Medical and sanitary report on the native army of Bombay for the year
Year: 1877
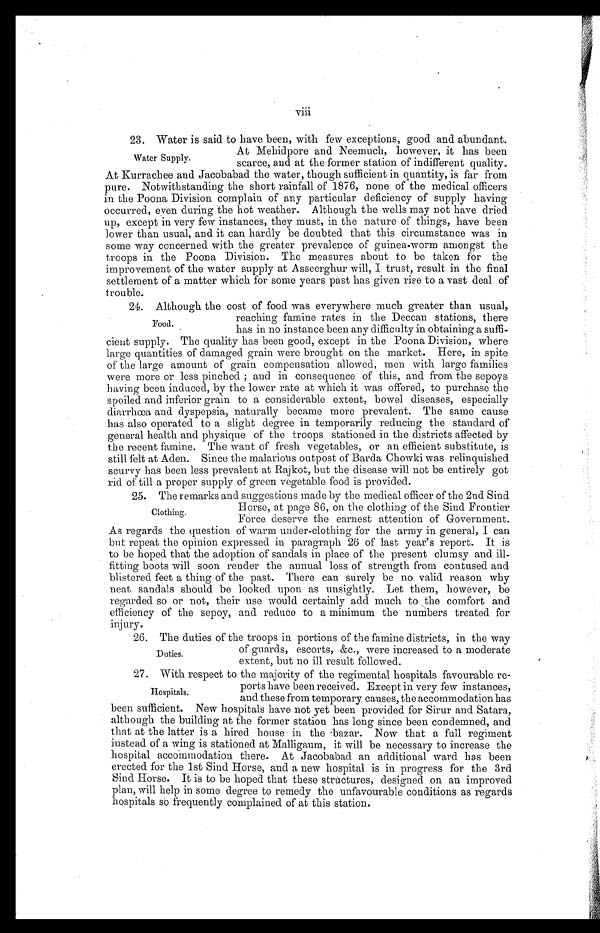
viii
23. Water is said to have been, with few exceptions, good and abundant.
At Mehidpore and Neemuch, however, it has been
scarce, and at the former station of indifferent quality.
At Kurrachee and Jacobabad the water, though sufficient in quantity, is far from
pure. Notwithstanding the short rainfall of 1876, none of the medical officers
in the Poona Division complain of any particular deficiency of supply having
occurred, even during the hot weather. Although the wells may not have dried
up, except in very few instances, they must, in the nature of things, have been
lower than usual, and it can hardly be doubted that this circumstance was in
some way concerned with the greater prevalence of guinea-worm amongst the
troops in the Poona Division. The measures about to be taken for the
improvement of the water supply at Asseerghur will, I trust, result in the final
settlement of a matter which for some years past has given rise to a vast deal of
trouble.
24. Although the cost of food was everywhere much greater than usual,
reaching famine rates in the Deccan stations, there
has in no instance been any difficulty in obtaining a suffi
-
cient supply. The quality has been good, except in the Poona Division, where
large quantities of damaged grain were brought on the market. Here, in spite
of the large amount of grain compensation allowed, men with large families
were more or less pinched; and in consequence of this, and from the sepoys
having been induced, by the lower rate at which it was offered, to purchase the
spoiled and inferior grain to a considerable extent, bowel diseases, especially
diarrhœa and dyspepsia, naturally became more prevalent. The same cause
has also operated to a slight degree in temporarily reducing the standard of
general health and physique of the troops stationed in the districts affected by
the recent famine. The want of fresh vegetables, or an efficient substitute, is
still felt at Aden. Since the malarious outpost of Barda Chowki was relinquished
scurvy has been less prevalent at Rajkot, but the disease will not be entirely got
rid of till a proper supply of green vegetable food is provided.
25. The remarks and suggestions made by the medical officer of the 2nd Sind.
Horse, at page 86, on the clothing of the Sind Frontier
Force deserve the earnest attention of Government.
As regards the question of warm under-clothing for the army in general, I can
but repeat the opinion expressed in paragraph 26 of last year's report. It is
to be hoped that the adoption of sandals in place of the present clumsy and ill-
fitting boots will soon render the annual loss of strength from contused and
blistered feet a thing of the past. There can surely be no valid reason why
neat sandals should be looked upon as unsightly. Let them, however, be
regarded so or not, their use would certainly add much to the comfort and
efficiency of the sepoy, and reduce to a minimum the numbers treated for
injury.
2 6 . T h e d u t i e s o f t h e t r o o p s i n p o r t i o n s o f t h e f a m i n e d i s t r i c t s , i n t h e w a y
of guards, escorts, &c., were increased to a moderate
extent, but no ill result followed.
27. With respect to the majority of the regimental hospitals favourable re
-
ports have been received. Except in very few instances,
and these from temporary causes, the accommodation has
been sufficient. New hospitals have not yet been provided for Sirur and Satara,
although the building at the former station has long since been condemned, and
that at the latter is a hired house in the bazar. Now that a full regiment
instead of a wing is stationed at Malligaum, it will be necessary to increase the
hospital accommodation there. At Jacobabad an additional ward has been
erected for the 1st Sind Horse, and a new hospital is in progress for the 3rd
Sind Horse. It is to be hoped that these structures, designed on an improved
plan, will help in some degree to remedy the unfavourable conditions as regards
hospitals so frequently complained of at this station.
Water Supply.
Food.
Clothing.
Duties.
Hospitals.